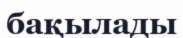
бақылады